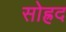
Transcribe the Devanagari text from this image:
सोह्रद